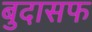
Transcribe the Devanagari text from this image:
बुदासफ